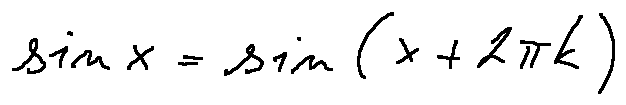
\sin x = \sin ( x + 2 \pi k )